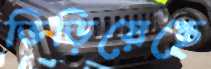
ভিড়িয়েছে